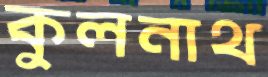
কুলনাথ